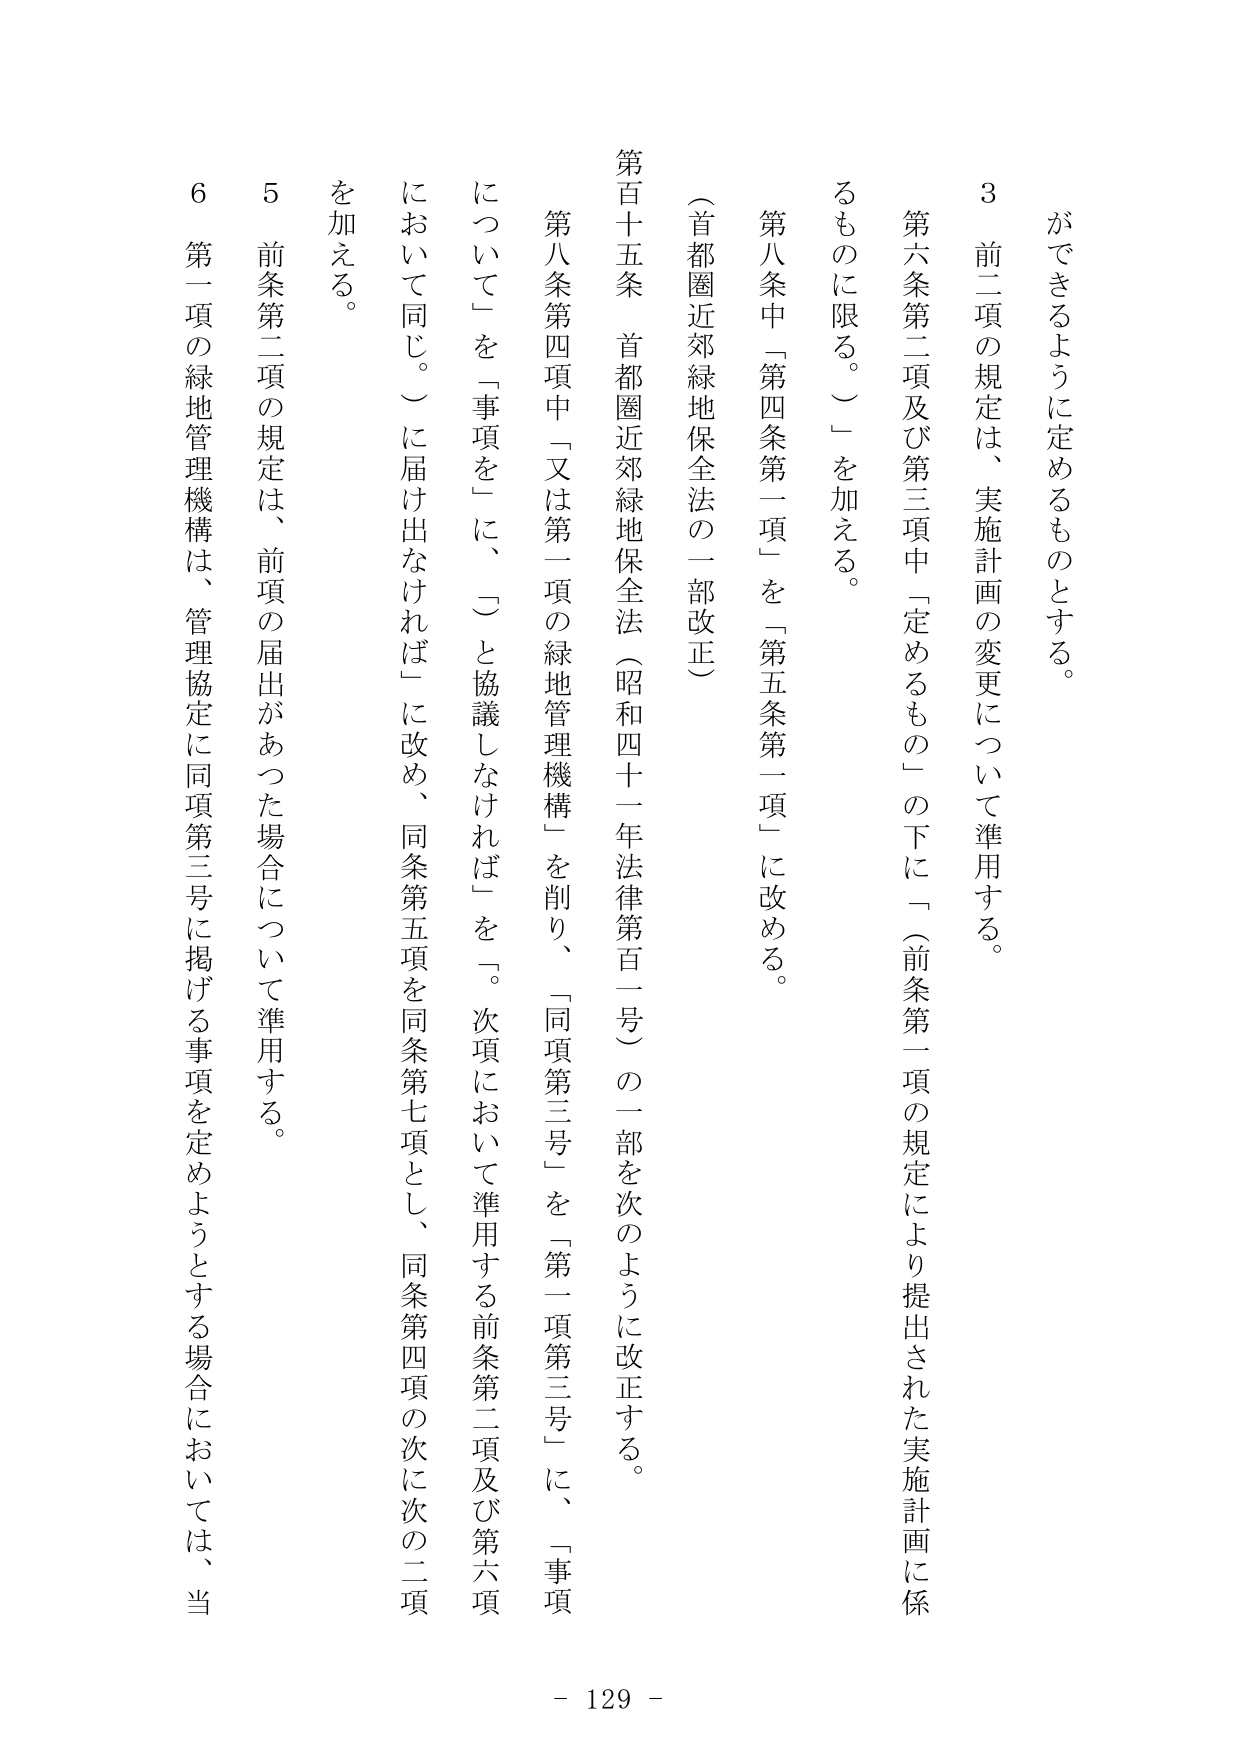
ができるように定めるものとする。

3 前二項の規定は、実施計画の変更について準用する。

第六条第二項及び第三項中「定めるもの」の下に「（前条第一項の規定により提出された実施計画に係るものに限る。）」を加える。

第八条中「第四条第一項」を「第五条第一項」に改める。

（首都圏近郊緑地保全法の一部改正）

第百十五条 首都圏近郊緑地保全法（昭和四十一年法律第百一号）の一部を次のように改正する。

第八条第四項中「又は第一項の緑地管理機構」を削り、「同項第三号」を「第一項第三号」に、「事項について」を「事項を」に、「と協議しなければ」を「。次項において準用する前条第二項及び第六項において同じ。」に届け出なければ」に改め、同条第五項を同条第七項とし、同条第四項の次に次の二項を加える。

5 前条第二項の規定は、前項の届出があった場合について準用する。

6 第一項の緑地管理機構は、管理協定に同項第三号に掲げる事項を定めようとする場合においては、当

- 129 -